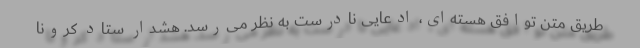
طریق متن توافق هسته‌ای، ادعایی نادرست به نظر می‌رسد. هشدار ستاد کرونا